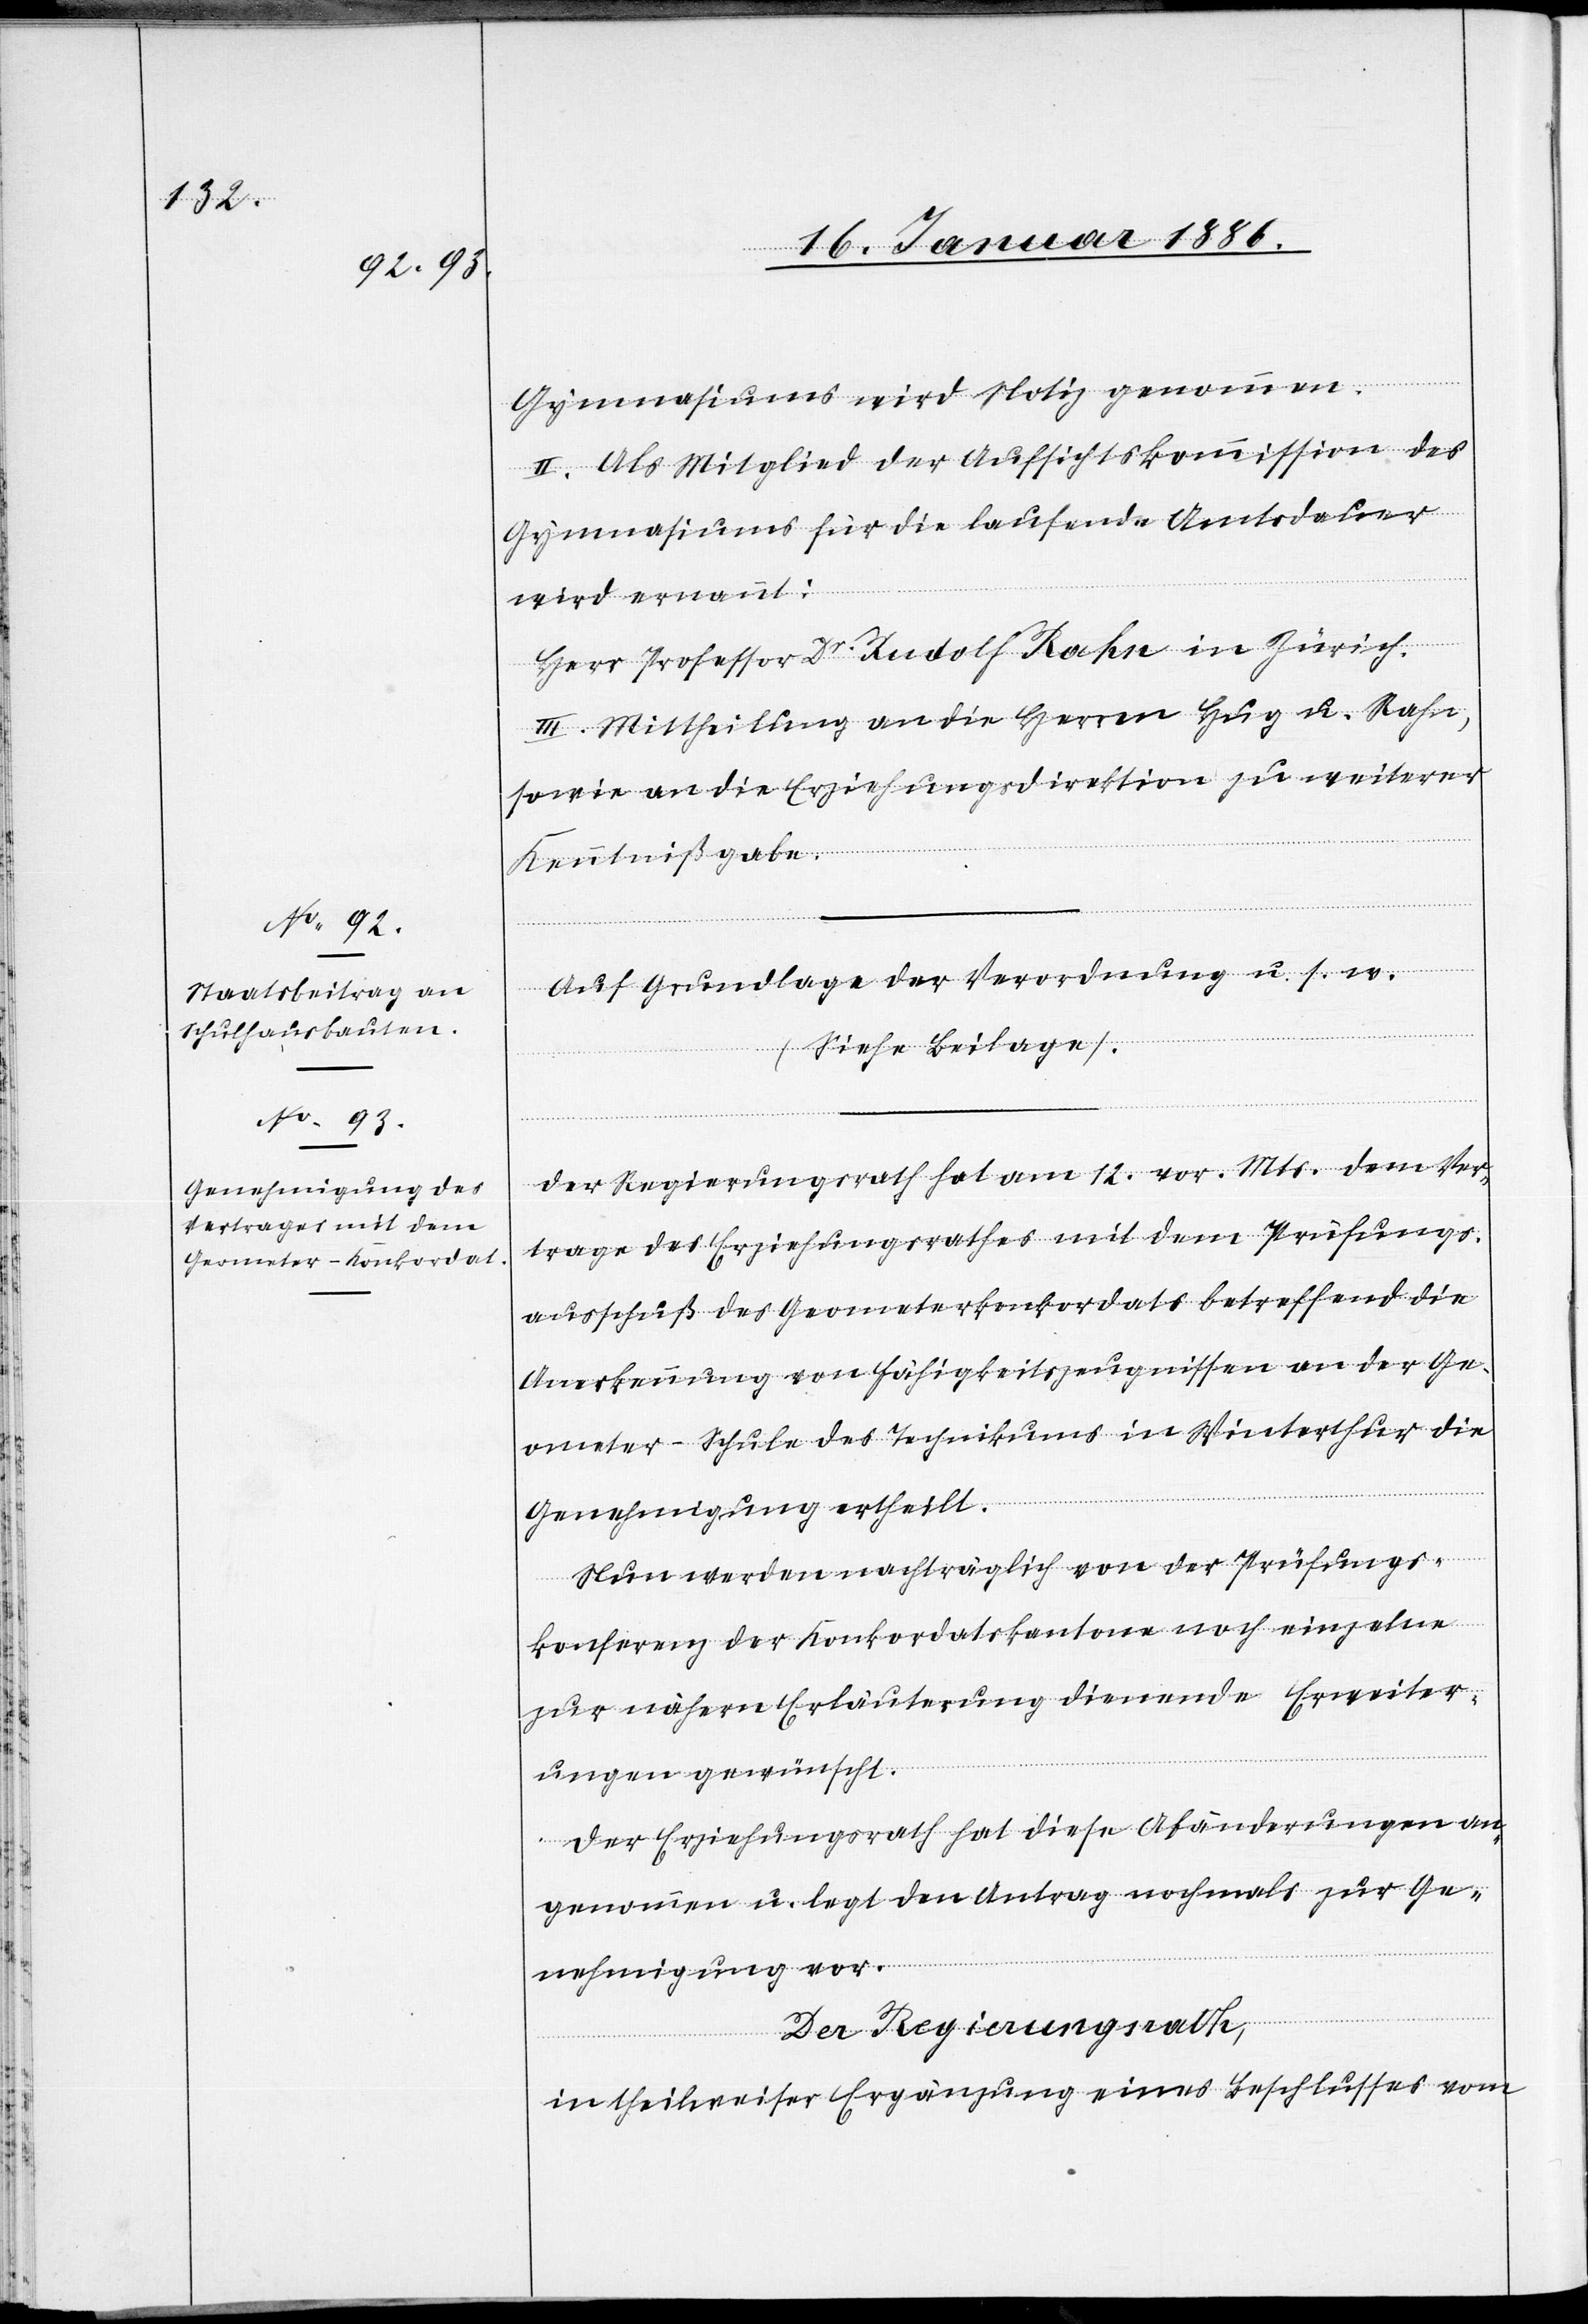
Gymnasiums wird Notiz genommen.
II. Als Mitglied der Aufsichtskommission des
Gymnasiums für die laufende Amtsdauer
wird ernannt:
Herr Professor Dr Rudolf Rahn in Zürich.
III. Mittheilung an die Herren Hug u. Rahn,
sowie an die Erziehungsdirektion zu weiterer
Kenntnißgabe.
Der Regierungsrath hat am 12. vor. Mts. dem Ver¬
trage des Erziehungsrathes mit dem Prüfungs¬
ausschuß des Geometerkonkordates betreffend die
Anerkennung von Fähigkeitszeugnissen an der Ge¬
ometer-Schule des Technikums in Winterthur die
Genehmigung ertheilt.
Nun werden nachträglich von der Prüfungs¬
konferenz der Konkordatskantone noch einzelne
zur nähern Erläuterung dienende Erweiter¬
ungen gewünscht.
Der Erziehungsrath hat diese Abänderungen an¬
genommen u. legt den Antrag nochmals zur Ge¬
nehmigung vor.
Der Regierungsrath,
in theilweiser Ergänzung eines Beschlusses vom